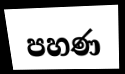
පහණ